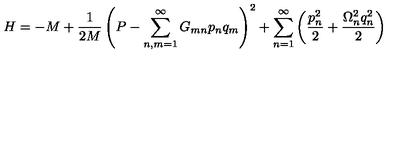
H = - M + \frac { 1 } { 2 M } \left( P - \sum _ { n , m = 1 } ^ { \infty } G _ { m n } p _ { n } q _ { m } \right) ^ { 2 } + \sum _ { n = 1 } ^ { \infty } \left( \frac { p _ { n } ^ { 2 } } { 2 } + \frac { \Omega _ { n } ^ { 2 } q _ { n } ^ { 2 } } { 2 } \right)